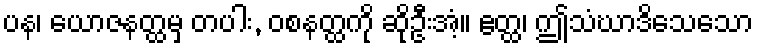
ပန၊ ယောဇနတ္ထမှ တပါး, ဝစနတ္ထကို ဆိုဦးအံ့။ ဧတ္ထ၊ ဤသံဃာဒိသေသော